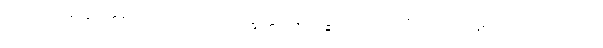
ဥပသင်္ကမိတွာ၊ ချဉ်းကပ်၍။ ဘောသိဒ္ဓတ္ထ၊ အိုသိဒ္ဓါတ်။ ပလ္လင်္ကာ၊ ပလ္လင်မှ။ ဥဋ္ဌဟ၊ ထလော့။